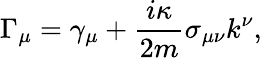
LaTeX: \Gamma_{\mu}=\gamma_{\mu}+\frac{i\kappa}{2m}\sigma_{\mu\nu}k^{\nu},